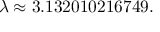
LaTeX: \lambda \approx 3 . 1 3 2 0 1 0 2 1 6 7 4 9 .